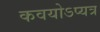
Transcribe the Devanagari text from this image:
कवयोऽप्यत्र